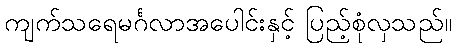
ကျက်သရေမင်္ဂလာအပေါင်းနှင့် ပြည့်စုံလှသည်။